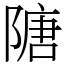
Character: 䧜